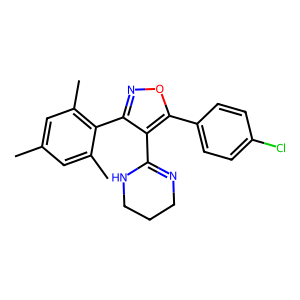
SMILES: Cc1cc(C)c(-c2noc(-c3ccc(Cl)cc3)c2C2=NCCCN2)c(C)c1
Inhibits HIV replication: No